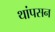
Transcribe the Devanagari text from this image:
थांपसन